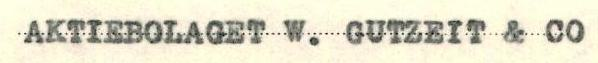
AKTIEBOLAGET W. GUTZEIT & CO